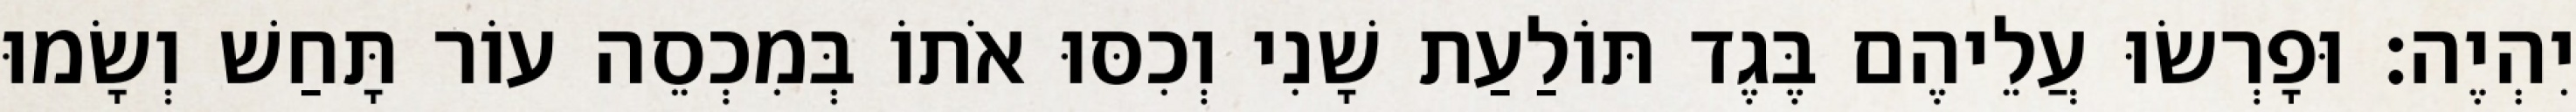
יִהְיֶה׃ וּפָרְשׂוּ עֲלֵיהֶם בֶּגֶד תּוֹלַעַת שָׁנִי וְכִסּוּ אֹתוֹ בְּמִכְסֵה עוֹר תָּחַשׁ וְשָׂמוּ